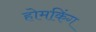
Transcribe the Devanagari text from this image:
होमकिंग